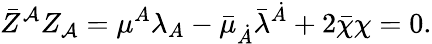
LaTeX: \bar{Z}^{\cal A}Z_{\cal A}=\mu^{A}\lambda_{A}-\bar{\mu}_{\dot{A}}\bar{\lambda}^{\dot{A}}+2\bar{\chi}\chi=0.